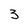
Character: 3